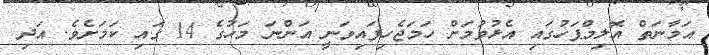
އަމާނަތް އޮލިމްޕަހުގައި އެޅުވުމަށް ހަމަޖެހިފައިވަނީ އަންނަ މަހުގެ 14 ގައި ކަމަށެވެ. އަދި